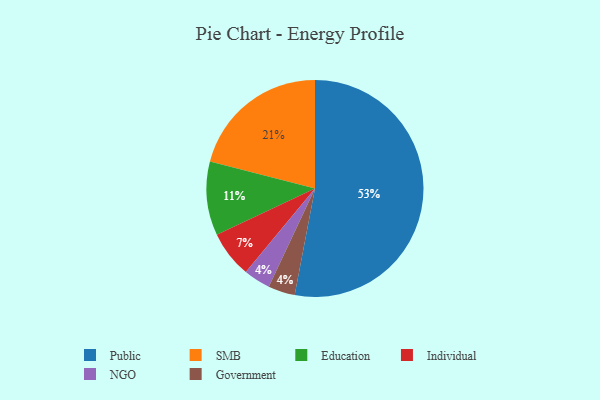
{"axis": {"x": "Category", "y": "Percentage"}, "legend": ["Education", "Government", "Individual", "NGO", "Public", "SMB"], "data": [{"x": "NGO", "y": 4, "type": "NGO"}, {"x": "Government", "y": 4, "type": "Government"}, {"x": "SMB", "y": 21, "type": "SMB"}, {"x": "Individual", "y": 7, "type": "Individual"}, {"x": "Public", "y": 53, "type": "Public"}, {"x": "Education", "y": 11, "type": "Education"}]}